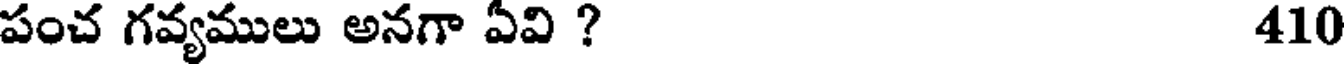
పంచ గవ్యములు అనగా ఏవి ? 410